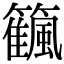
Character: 𥷜